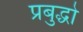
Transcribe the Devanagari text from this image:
प्रबुद्धो